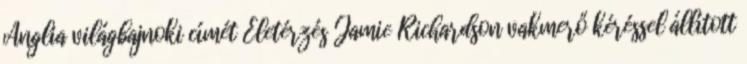
Anglia világbajnoki címét Életérzés Jamie Richardson vakmerő kéréssel állított